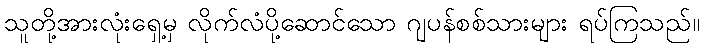
သူတို့အားလုံးရှေ့မှ လိုက်လံပို့ဆောင်သော ဂျပန်စစ်သားများ ရပ်ကြသည်။